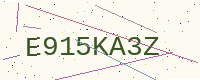
Text: E915KA3Z